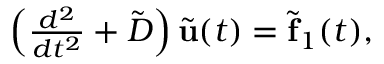
\begin{array} { r } { \left( \frac { d ^ { 2 } } { d t ^ { 2 } } + { \tilde { D } } \right) { \tilde { \bf u } } ( t ) = { \tilde { \bf f } } _ { 1 } ( t ) , } \end{array}